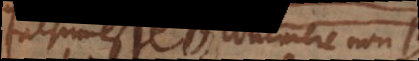
Falsum esse B continere non-B,